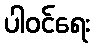
ပါဝင်ရေး